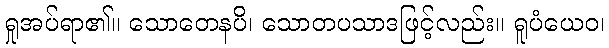
ရှုအပ်ရာ၏။ သောတေနပိ၊ သောတပသာဒဖြင့်လည်း။ ရူပံယေဝ၊